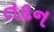
તદન